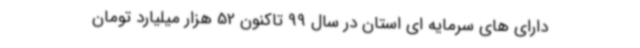
دارای های سرمایه ای استان در سال 99 تاکنون 52 هزار میلیارد تومان